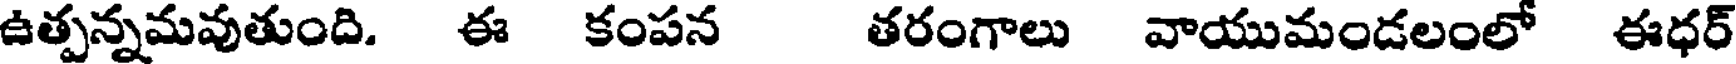
ఉత్పన్నమవుతుంది. ఈ కంపన తరంగాలు వాయుమండలంలో ఈధర్